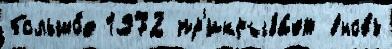
большо́е 1972 пр'икрыва́ет вновь